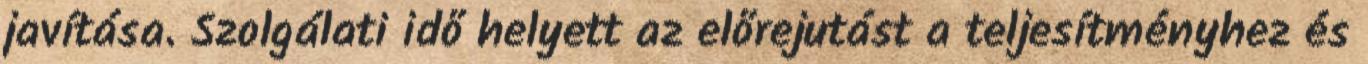
javítása. Szolgálati idő helyett az előrejutást a teljesítményhez és